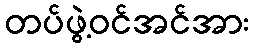
တပ်ဖွဲ့ဝင်အင်အား